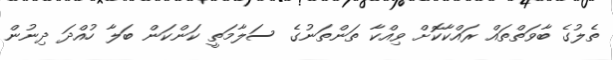
ތެލުގެ ބާވަތްތައް ރައްކާކޮށް ވިއްކާ ތަންތަނުގެ ސަލާމަތީ ކަންކަން ބަލާ ހުއްދަ ދިނުން